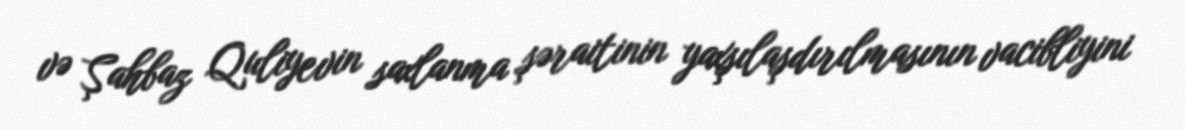
və Şahbaz Quliyevin saxlanma şəraitinin yaxşılaşdırılmasının vacibliyini